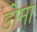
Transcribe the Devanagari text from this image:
डोमा